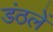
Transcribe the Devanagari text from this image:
डंठलें